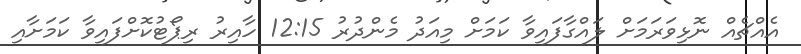
އެއްޗެއް ނޮޅިވަރަމަށް ލައްގާފައިވާ ކަމަށް މިއަދު މެންދުރު 12:15 ހާއިރު ރިޕޯޓުކޮށްފައިވާ ކަމަށާއި